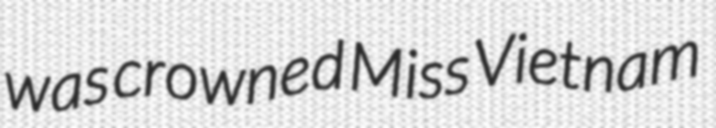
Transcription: was crowned Miss Vietnam